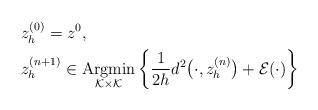
LaTeX: \begin{align*}\begin{aligned}& z_h^{(0)}=z^0, \\& z_h^{(n+1)}\in \underset{\mathcal{K}\times \mathcal{K}}{\mbox{Argmin}}\left\{\frac{1}{2h}d^2\big(\cdot,z_h^{(n)}\big)+\mathcal E(\cdot)\right\}\end{aligned}\end{align*}